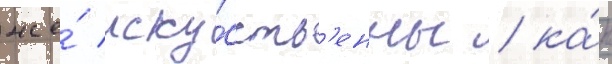
же́ иску́сств'енны / ка́к